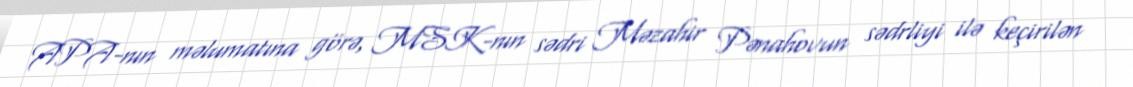
APA-nın məlumatına görə, MSK-nın sədri Məzahir Pənahovun sədrliyi ilə keçirilən